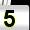
Digit: 5